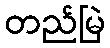
တည်မြဲ